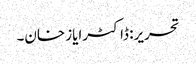
تحریر: ڈاکٹرایاز خان۔